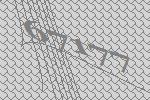
67177